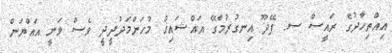
އިއްތިހާދުގެ ރައީސް ސ. ފޭދޫ އިނގުރުމާގޭ އައްޝައިޚް މުހަންމަދުދީދީ ވެސް ވަނީ އައްޔަން